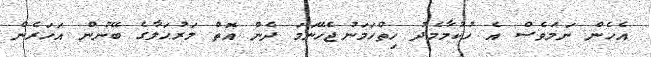
އެހެން ނަމަވެސް އެ ހުކުމާމެދު ހިތްހަމަނުޖެހޭނަމަ ދެން އޮތް މަރުޙަލާގެ ބޭނުން އަހަރެން